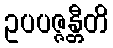
ဥပပဇ္ဇန္တီတိ